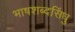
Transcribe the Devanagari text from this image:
भाषशब्दसिंधु